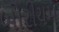
બોરીયમ